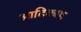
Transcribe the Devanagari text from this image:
आदिकाष्ठ